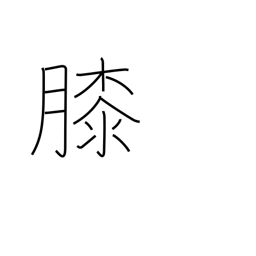
Meaning: lap